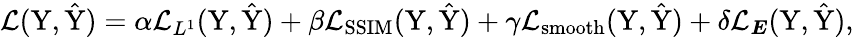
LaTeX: \mathcal{L}(\mathrm{Y},\hat{\mathrm{Y}})=\alpha\mathcal{L}_{L^{1}}(\mathrm{Y},\hat{\mathrm{Y}})+\beta\mathcal{L}_{\mathrm{SSIM}}(\mathrm{Y},\hat{\mathrm{Y}})+\gamma\mathcal{L}_{\mathrm{smooth}}(\mathrm{Y},\hat{\mathrm{Y}})+\delta\mathcal{L}_{\boldsymbol{E}}(\mathrm{Y},\hat{\mathrm{Y}}),